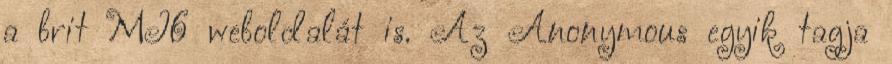
a brit MI6 weboldalát is. Az Anonymous egyik tagja